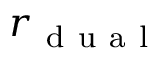
r _ { \mathrm { ~ d ~ u ~ a ~ l ~ } }